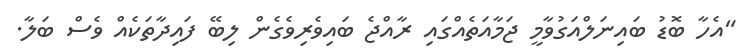
"އެހާ ބޮޑު ބައިނަލްއަގުވާމީ ޖަމާއަތެއްގައި ރާއްޖެ ބައިވެރިވެގެން ލިބޭ ފައިދާތަކެއް ވެސް ބަލާ.